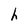
Character: h